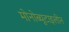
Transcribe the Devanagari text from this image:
मोनोब्यूटाइलीन